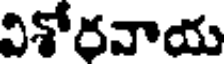
విశోరవాయ